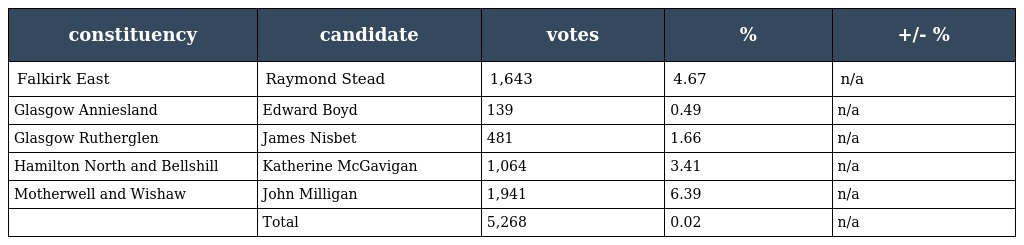
| constituency | candidate | votes | % | +/- % |
 | --- | --- | --- | --- | --- |
 | Falkirk East | Raymond Stead | 1,643 | 4.67 | n/a |
 | Glasgow Anniesland | Edward Boyd | 139 | 0.49 | n/a |
 | Glasgow Rutherglen | James Nisbet | 481 | 1.66 | n/a |
 | Hamilton North and Bellshill | Katherine McGavigan | 1,064 | 3.41 | n/a |
 | Motherwell and Wishaw | John Milligan | 1,941 | 6.39 | n/a |
 |  | Total | 5,268 | 0.02 | n/a |